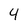
Character: 4